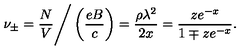
\nu _ { \pm } = { \frac { N } { V } } \Bigg / \left( { \frac { e B } { c } } \right) = { \frac { \rho \lambda ^ { 2 } } { 2 x } } = { \frac { z e ^ { - x } } { 1 \mp z e ^ { - x } } } .